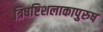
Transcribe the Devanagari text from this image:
त्रिषष्टिशलाकापुरुष